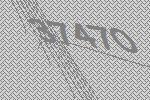
37470